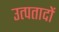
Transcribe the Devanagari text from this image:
उत्पतादों